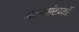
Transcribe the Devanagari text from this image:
अल्पसंख्य्कॉ